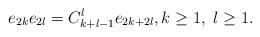
LaTeX: \begin{align*} e_{2k} e_{2l}=C_{k+l-1}^{l} e_{2k+2l},k \geq 1, \ l \geq 1.\end{align*}